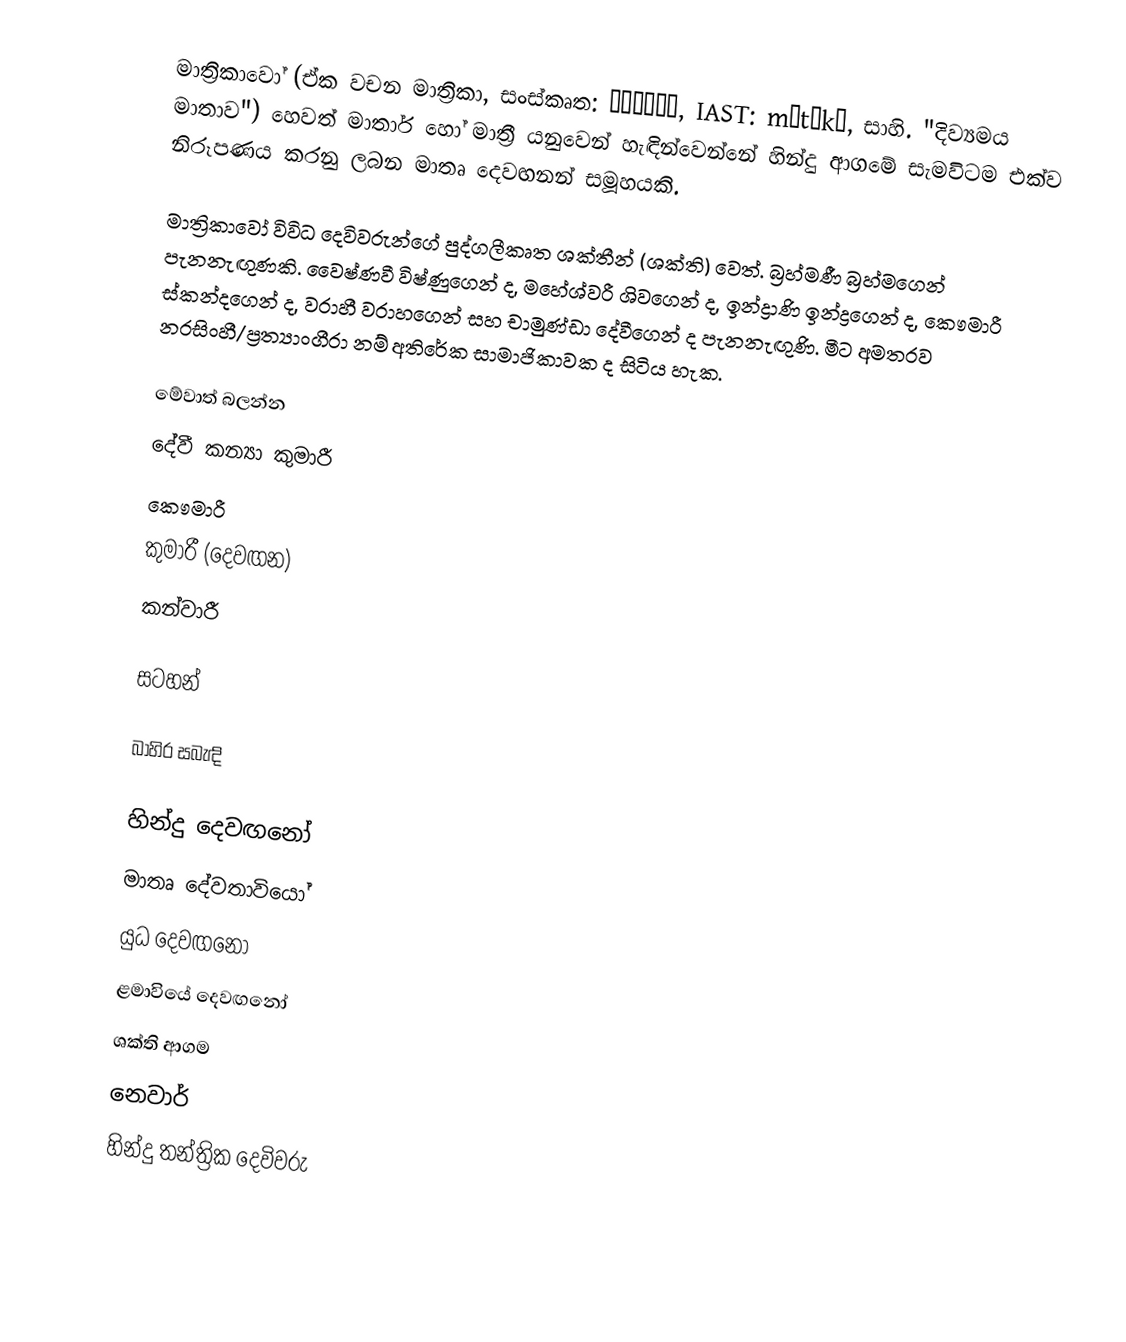
මාත්‍රිකාවෝ (ඒක වචන මාත්‍රිකා, සංස්කෘත: मातृका, IAST: mātṝkā, සාහි. "දිව්‍යමය මාතාව") හෙවත් මාතාර් හෝ මාත්‍රී යනුවෙන් හැඳින්වෙන්නේ හින්දු ආගමේ සැමවිටම එක්ව නිරූපණය කරනු ලබන මාතෘ දෙවඟනන් සමූහයකි.

මාත්‍රිකාවෝ විවිධ දෙවිවරුන්ගේ පුද්ගලීකෘත ශක්තීන් (ශක්ති) වෙත්. බ්‍රහ්මණී බ්‍රහ්මගෙන් පැනනැඟුණකි. වෛෂ්ණවී විෂ්ණුගෙන් ද, මහේශ්වරී ශිවගෙන් ද, ඉන්ද්‍රාණි ඉන්ද්‍රගෙන් ද, කෞමාරී ස්කන්දගෙන් ද, වරාහී වරාහගෙන් සහ චාමුණ්ඩා දේවීගෙන් ද පැනනැඟුණි.  මීට අමතරව නරසිංහී/ප්‍රත්‍යාංගීරා නම් අතිරේක සාමාජිකාවක ද සිටිය හැක.

මේවාත් බලන්න
 දේවී කන්‍යා කුමාරී
 කෞමාරී
 කුමාරී (දෙවඟන)
 කන්වාරී

සටහන්

බාහිර සබැඳි

හින්දු දෙවඟනෝ
මාතෘ දේවතාවියෝ
යුධ දෙවඟනෝ
ළමාවියේ දෙවඟනෝ
ශක්ති ආගම
නෙවාර්
හින්දු තන්ත්‍රික දෙවිවරු